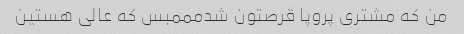
من که مشتری پروپا قرصتون شدمممبس که عالی هستین